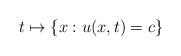
LaTeX: \begin{align*} t\mapsto \{x: u(x,t)=c\}\end{align*}